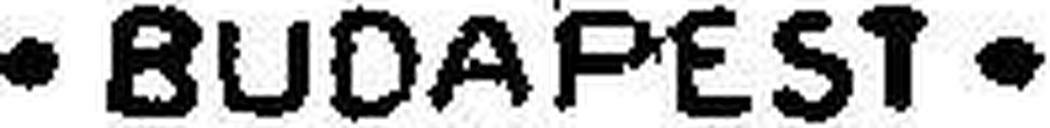
· BUDAPEST ·